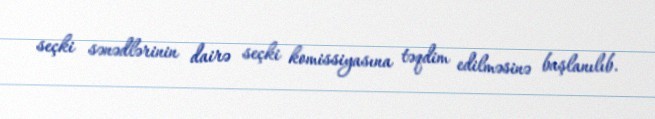
seçki sənədlərinin dairə seçki komissiyasına təqdim edilməsinə başlanılıb.